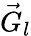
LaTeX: \vec{G}_{l}